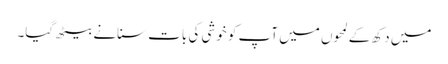
میں دکھ کے لمحوں میں آپ کو خوشی کی بات سنانے بیٹھ گیا۔